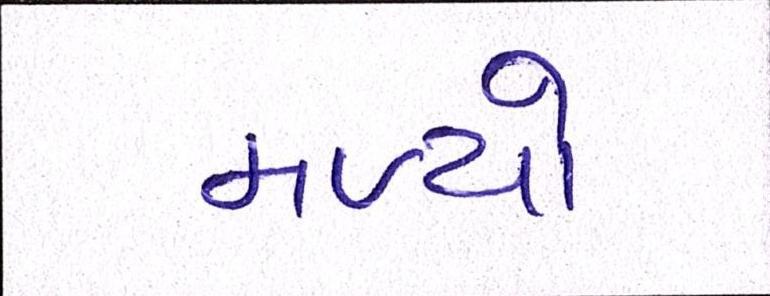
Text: મળ્યો